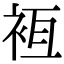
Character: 𧙸